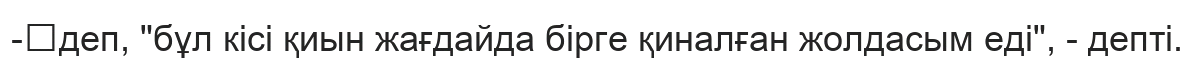
-	деп, "бұл кісі қиын жағдайда бірге қиналған жолдасым еді", - депті.